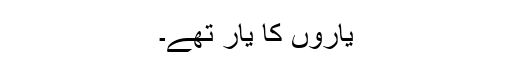
یاروں کا یار تھے۔